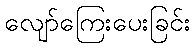
လျော်ကြေးပေးခြင်း